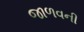
જાળવની